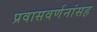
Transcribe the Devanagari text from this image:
प्रवासवर्णनांसह